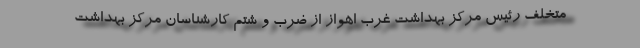
متخلف رئیس مرکز بهداشت غرب اهواز از ضرب و شتم کارشناسان مرکز بهداشت